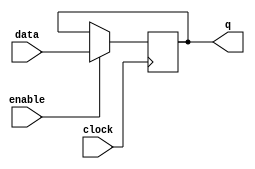
module data_enable_latch (
    input data,
    input enable,
    input clock,
    output reg q
);

always @(posedge clock) begin
    if (enable == 1'b1) begin
        q <= data;
    end
end

endmodule